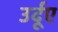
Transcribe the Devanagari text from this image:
उर्दूए